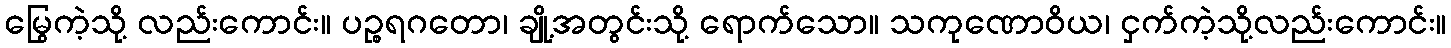
မြွေကဲ့သို့ လည်းကောင်း။ ပဉ္စရဂတော၊ ချို့အတွင်းသို့ ရောက်သော။ သကုဏောဝိယ၊ ငှက်ကဲ့သို့လည်းကောင်း။